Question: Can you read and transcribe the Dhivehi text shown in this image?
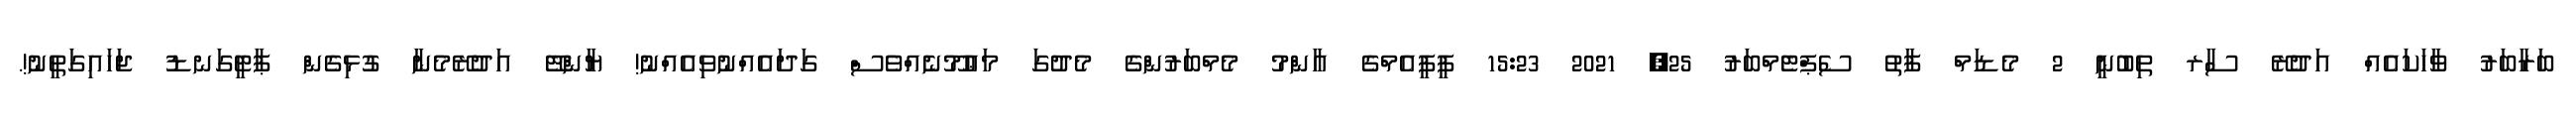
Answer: ބަރާބަރު ވާހަކައެއް އަދުރޭ ސާރ ތިބުނީ 2 މެޑަމް ފާތު ސެޕްޓެމްބަރު 25, 2021 15:23 ޕީޕީއެމްގެ އާންމު މެމްބަރުންގެ މެދުގަ މަޢުމޫނެއްވެސް ގަދައެއްނުވިއެއްނު! ޔާންޓޭ އަދުރޭމެނާ ގުޅިގެން ޕާޓީގަނޑު ޖަހައިގަތީނު!.